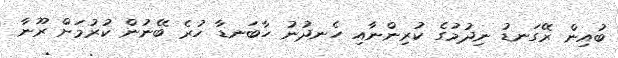
ބުއިން ރޭގަނޑު ނިދުމުގެ ކުރިންނާއި ހެނދުނު ހާބަނޑާ ހުރެ ބޭނުން ކުރުމަށް ރޫނާ